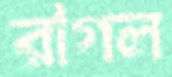
রাগল